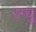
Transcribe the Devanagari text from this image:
रग्घु